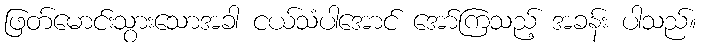
ဖြတ်မောင်းသွားသောအခါ ငယ်သံပါအောင် အော်ကြသည့် အခန်း ပါသည်။